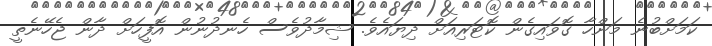
ކަމަށްބުނެ މަންހާ ގޮވައިގެން ކޮޓަރިއަށް ދިޔައެވެ. ޝިމާދުވެސް ހެނދުނުން އޮފީހަށް ދާން ޖެހޭނެތީ